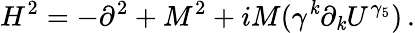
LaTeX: H^{2}=-\partial^{2}+M^{2}+iM(\gamma^{\mathit{k}}\partial_{\mathit{k}}U^{\gamma_{5}})\, .